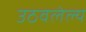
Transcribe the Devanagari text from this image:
उठवलेल्य